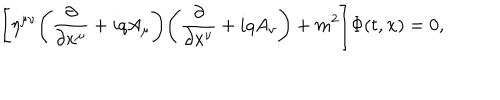
\Biggl [ \eta ^ { \mu \nu } \Biggl ( \frac { \partial } { \partial x ^ { \mu } } + i q A _ { \mu } \Biggr ) \Biggl ( \frac { \partial } { \partial x ^ { \nu } } + i q A _ { \nu } \Biggr ) + m ^ { 2 } \Biggr ] \Phi ( t , { \bf x } ) = 0 ,